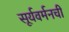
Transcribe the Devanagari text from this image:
सूर्यवर्मनची